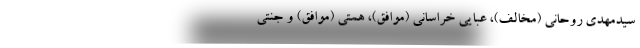
سیدمهدی روحانی (مخالف)، عبایی خراسانی (موافق)، همتی (موافق) و جنتی